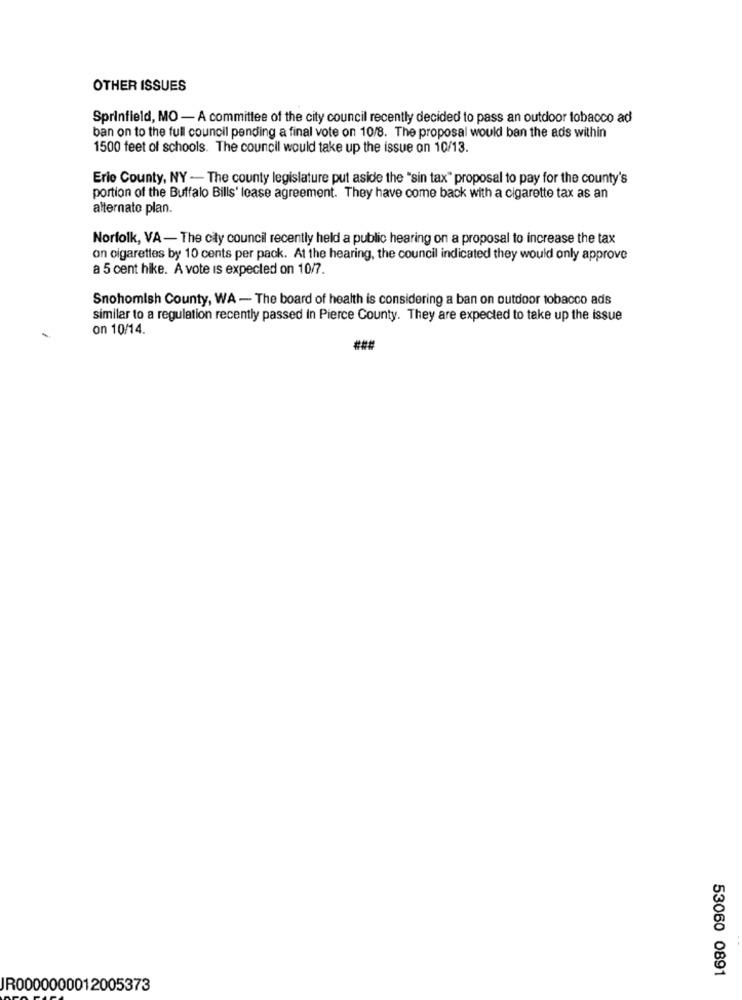
OTHER ISSUES
Sprinfield, MO - A committee of the city council recently decided to pass an outdoor tobacco ad
ban on to the full council pending a final vote on 10/8. The proposal would ban the ads within
1500 feet of schools. The council would take up the issue on 10/13.
Erie County, NY - The county legislature put aside the "sin tax" proposal to pay for the county's
portion of the Buffalo Bills' lease agreement. They have come back with a cigarette tax as an
alternato plan.
Norfolk, VA- The city council recently held a public hearing on a proposal to increase the tax
on cigarettes by 10 cents per pack. At the hearing, the council indicated they would only approve
a 5 cent hike. A vote is expected on 10/7.
Snohomish County, WA - The board of health is considering a ban on outdoor tobacco ads
similar to a regulation recently passed in Pierce County. They are expected to take up the issue
on 10/14.
53060 0891
JR0000000012005373